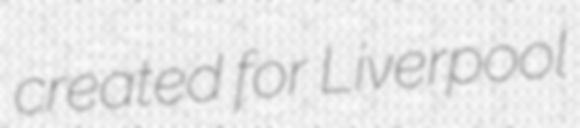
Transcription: created for Liverpool